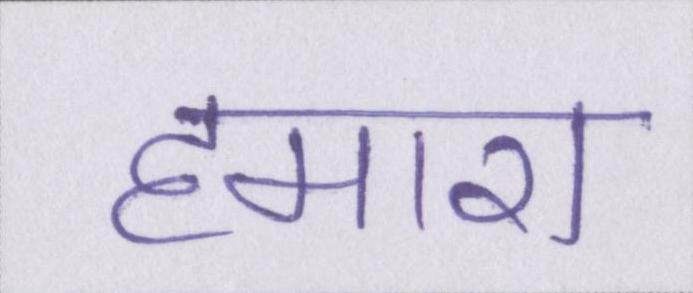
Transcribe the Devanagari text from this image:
हमारा